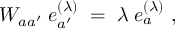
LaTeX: W _ { a a ^ { \prime } } \; e _ { a ^ { \prime } } ^ { ( \lambda ) } \; = \; \lambda \; e _ { a } ^ { ( \lambda ) } \ ,